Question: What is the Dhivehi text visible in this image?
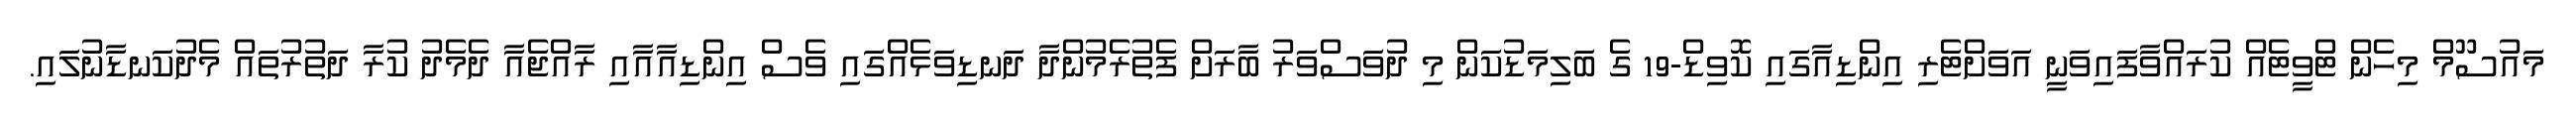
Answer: މައުސޫމް މިހެން ޓްވީޓެއް ކުރައްވާފައިވަނީ އަވަށްޓެރި އިންޑިއާގައި ކޮވިޑް-19 ގެ ބަލިމަޑުކަން މި ދުވަސްވަރު ބާރަށް ފެތުރެމުންދާ ދަނޑިވަޅެއްގައި ވެސް އިންޑިއާއާއި ރާއްޖެއާ ދެމެދު ކުރާ ދަތުރުތައް މެދުކަނޑާނުލައި.